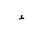
Letter: _hamza